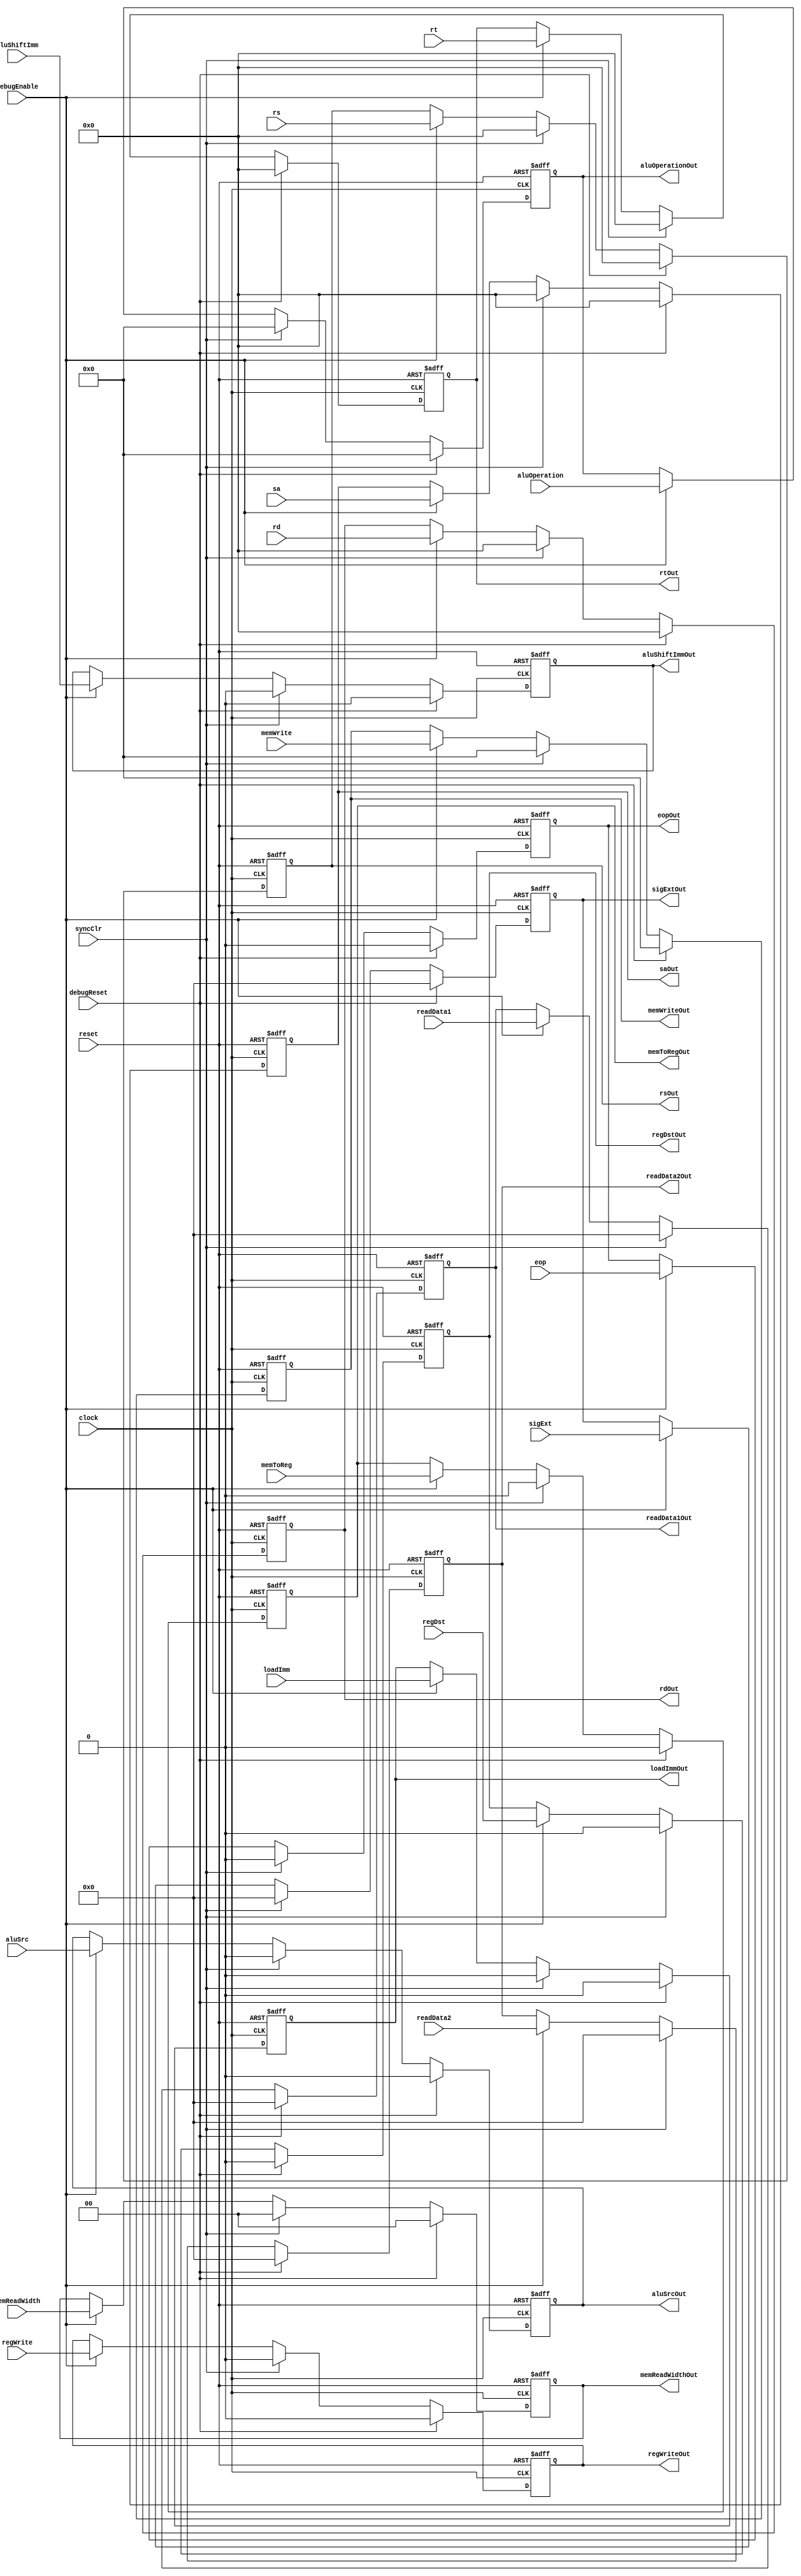
module ID_EX(
		input clock,
		input reset,
		input debugEnable,
		input debugReset,
		input syncClr,
		input [4:0] rs,
		input [4:0] rt,
		input [4:0] rd,
		input [4:0] sa,
		input [3:0] aluOperation,
		input [31:0] sigExt,
		input [31:0] readData1,
		input [31:0] readData2,
		input aluSrc,
		input aluShiftImm,
		input regDst,
		input loadImm,
		input [3:0]memWrite,
		input memToReg,
		input[1:0] memReadWidth,
		input regWrite,
		input eop,
		
		output reg [3:0] aluOperationOut,
		output reg [31:0] sigExtOut,
		output reg [31:0] readData1Out,
		output reg [31:0] readData2Out,
		output reg aluSrcOut,
		output reg aluShiftImmOut,
		output reg [3:0]memWriteOut,
		output reg memToRegOut,
		output reg[1:0] memReadWidthOut,
		output reg[4:0] rsOut,
		output reg[4:0] rtOut,
		output reg[4:0] rdOut,
		output reg[4:0] saOut,
		output reg regDstOut,
		output reg loadImmOut,
		output reg regWriteOut,
		output reg eopOut
    );
	 
	 
	 	 always @(negedge clock,posedge reset)begin
		if(reset)begin
			 aluOperationOut<=0;
			 sigExtOut<=0;
			 readData1Out<=0;
			 readData2Out<=0;
			 aluSrcOut<=0;
			 aluShiftImmOut<=0;
			 memWriteOut<=0;
			 memToRegOut<=0;
			 memReadWidthOut<=0;
			 regWriteOut<=0;
			 rsOut<=0;
			 rtOut<=0;
		    rdOut<=0;
			 saOut<=0;
			 regDstOut<=0;
			 loadImmOut<=0;
			 eopOut<=0;
		end
		else if(debugReset)begin
			 aluOperationOut<=0;
			 sigExtOut<=0;
			 readData1Out<=0;
			 readData2Out<=0;
			 aluSrcOut<=0;
			 aluShiftImmOut<=0;
			 memWriteOut<=0;
			 memToRegOut<=0;
			 memReadWidthOut<=0;
			 regWriteOut<=0;
			 rsOut<=0;
			 rtOut<=0;
		    rdOut<=0;
			 saOut<=0;
			 regDstOut<=0;
			 loadImmOut<=0;
			 eopOut<=0;
		end
		else if(syncClr)begin
			 aluOperationOut<=0;
			 sigExtOut<=0;
			 readData1Out<=0;
			 readData2Out<=0;
			 aluSrcOut<=0;
			 aluShiftImmOut<=0;
			 memWriteOut<=0;
			 memToRegOut<=0;
			 memReadWidthOut<=0;
			 regWriteOut<=0;
			 rsOut<=0;
			 rtOut<=0;
		    rdOut<=0;
			 saOut<=0;
			 regDstOut<=0;
			 loadImmOut<=0;
			 eopOut<=0;
		end
		else if (debugEnable) begin
			 aluOperationOut<=aluOperation;
			 sigExtOut<=sigExt;
			 readData1Out<=readData1;
			 readData2Out<=readData2;
			 aluSrcOut<=aluSrc;
			 aluShiftImmOut<=aluShiftImm;
			 memWriteOut<=memWrite;
			 memToRegOut<= memToReg;
			 memReadWidthOut<=memReadWidth;
			 regWriteOut<=regWrite;
			 rsOut<=rs;
			 rtOut<=rt;
		    rdOut<=rd;
			 saOut<=sa;
			 regDstOut<=regDst;
			 loadImmOut<=loadImm;
			 eopOut<=eop;
		end
		
	 end


endmodule